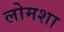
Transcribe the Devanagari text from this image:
लोमशा